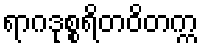
ရာဂဒုစ္စရိတဝိတက္က